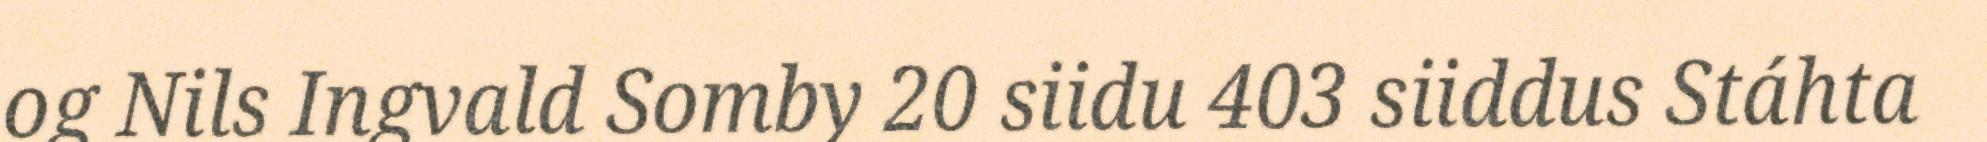
og Nils Ingvald Somby 20 siidu 403 siiddus Stáhta